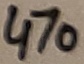
Text: 470